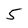
Character: 5